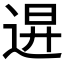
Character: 𨓙